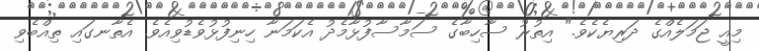
މިއީ ޖަމަލެއްގެ ދަރިޔެކެވެ." އިތުރު ސާހިބާގެ ސަމާސާފުޅާމެދު އެކަމަނާ ހިނިފުޅުވެޑުވިއެވެ. އެތާނގައި ތިއްބެވި